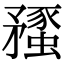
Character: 𥎔